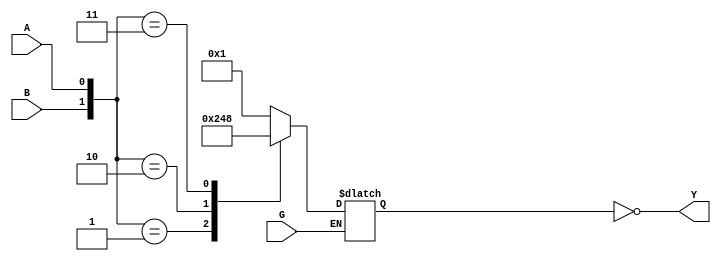
`timescale 1ns / 1ps
//////////////////////////////////////////////////////////////////////////////////
// Company: 
// Engineer: 
// 
// Design Name: 
// Module Name:    v74x139h_c 
// Project Name: 
// Target Devices: 
// Tool versions: 
// Description: 
//
// Dependencies: 
//
// Revision: 
// Revision 0.01 - File Created
// Additional Comments: 
//
//////////////////////////////////////////////////////////////////////////////////
module v74x139h_c(
    input G,
    input A,
    input B,
    output [3:0] Y
    );

	wire [1:0] sel;
	reg [3:0] out;
	
	assign sel = {B, A};
	assign Y = ~out;
	
	always@(G or sel)
		begin
			if (G == 1'b0)
				begin
					case(sel)
						2'b00 : out = 4'b0001;
						2'b01 : out = 4'b0010;
						2'b10 : out = 4'b0100;
						2'b11 : out = 4'b1000;
					endcase
				end
		end

endmodule